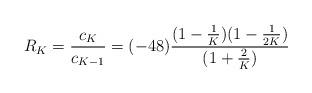
LaTeX: \begin{align*}R_K = \frac{c_K}{c_{K-1}} = (-48)\frac{(1-\frac{1}{K})(1-\frac{1}{2K})}{(1+\frac{2}{K})}\end{align*}